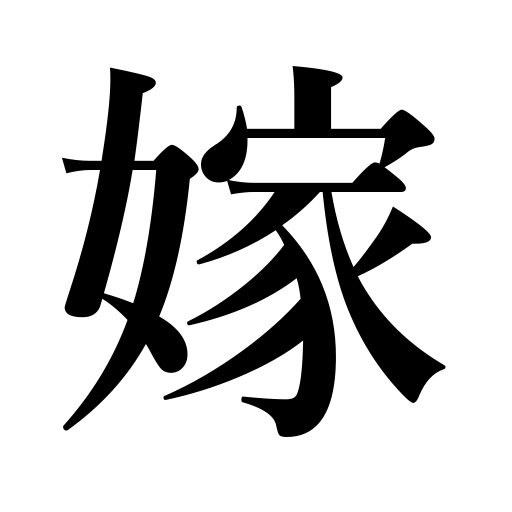
Meanings: marry a man,bride,be married to,get married,marry off,blame,daughter-in law,young wife